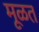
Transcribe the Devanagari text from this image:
मूळत